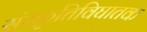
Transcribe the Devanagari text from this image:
संस्कृतिविघातक